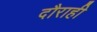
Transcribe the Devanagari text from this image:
दौराही